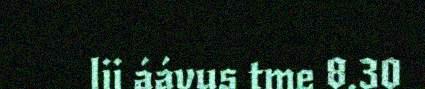
lii áávus tme 8.30